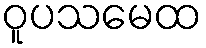
ဝူပသမေထ